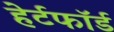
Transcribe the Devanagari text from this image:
हेर्टफाॅर्ड